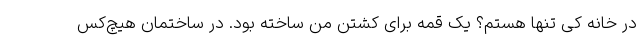
در خانه کی تنها هستم؟ یک قمه برای کشتن من ساخته بود. در ساختمان هیچ‌کس